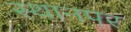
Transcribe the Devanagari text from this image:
स्‍थानपर